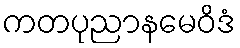
ကတပုညာနမေဝိဒံ